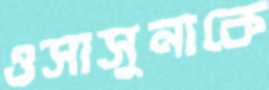
ওসাসুনাকে